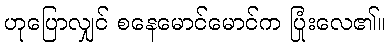
ဟုပြောလျှင် စနေမောင်မောင်က ပြုံးလေ၏။